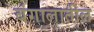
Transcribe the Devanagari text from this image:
बंगालातील